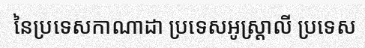
នៃប្រទេសកាណាដា ប្រទេសអូស្ត្រាលី ប្រទេស